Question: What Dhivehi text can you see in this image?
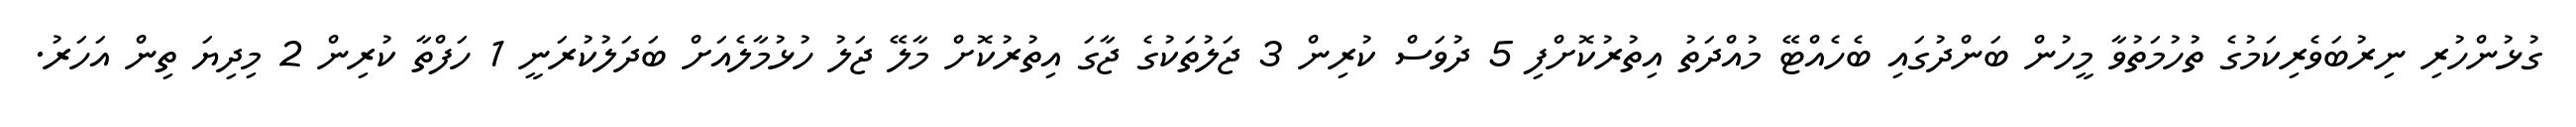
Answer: ގުޅުންހުރި ނިރުބަވެރިކަމުގެ ތުހުމަތުވާ މީހުން ބަންދުގައި ބެހެއްޓޭ މުއްދަތު އިތުރުކޮށްފި 5 ދުވަސް ކުރިން 3 ޖަލުތަކުގެ ޖާގަ އިތުރުކޮށް މާލޭ ޖަލު ހުޅުމާލެއަށް ބަދަލުކުރަނީ 1 ހަފްތާ ކުރިން 2 މިދިޔަ ތިން އަހަރު.